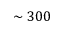
\sim 3 0 0